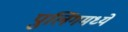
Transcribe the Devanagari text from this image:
पुलिंगमध्ये